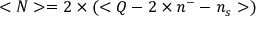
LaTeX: < N > = { 2 } \times ( < Q - 2 \times n ^ { - } - n _ { s } > )